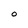
Character: O